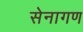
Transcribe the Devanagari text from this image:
सेनागण